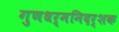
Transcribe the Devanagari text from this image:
गुणधर्मनिदर्शक